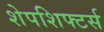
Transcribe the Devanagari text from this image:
शेपशिफ्टर्स